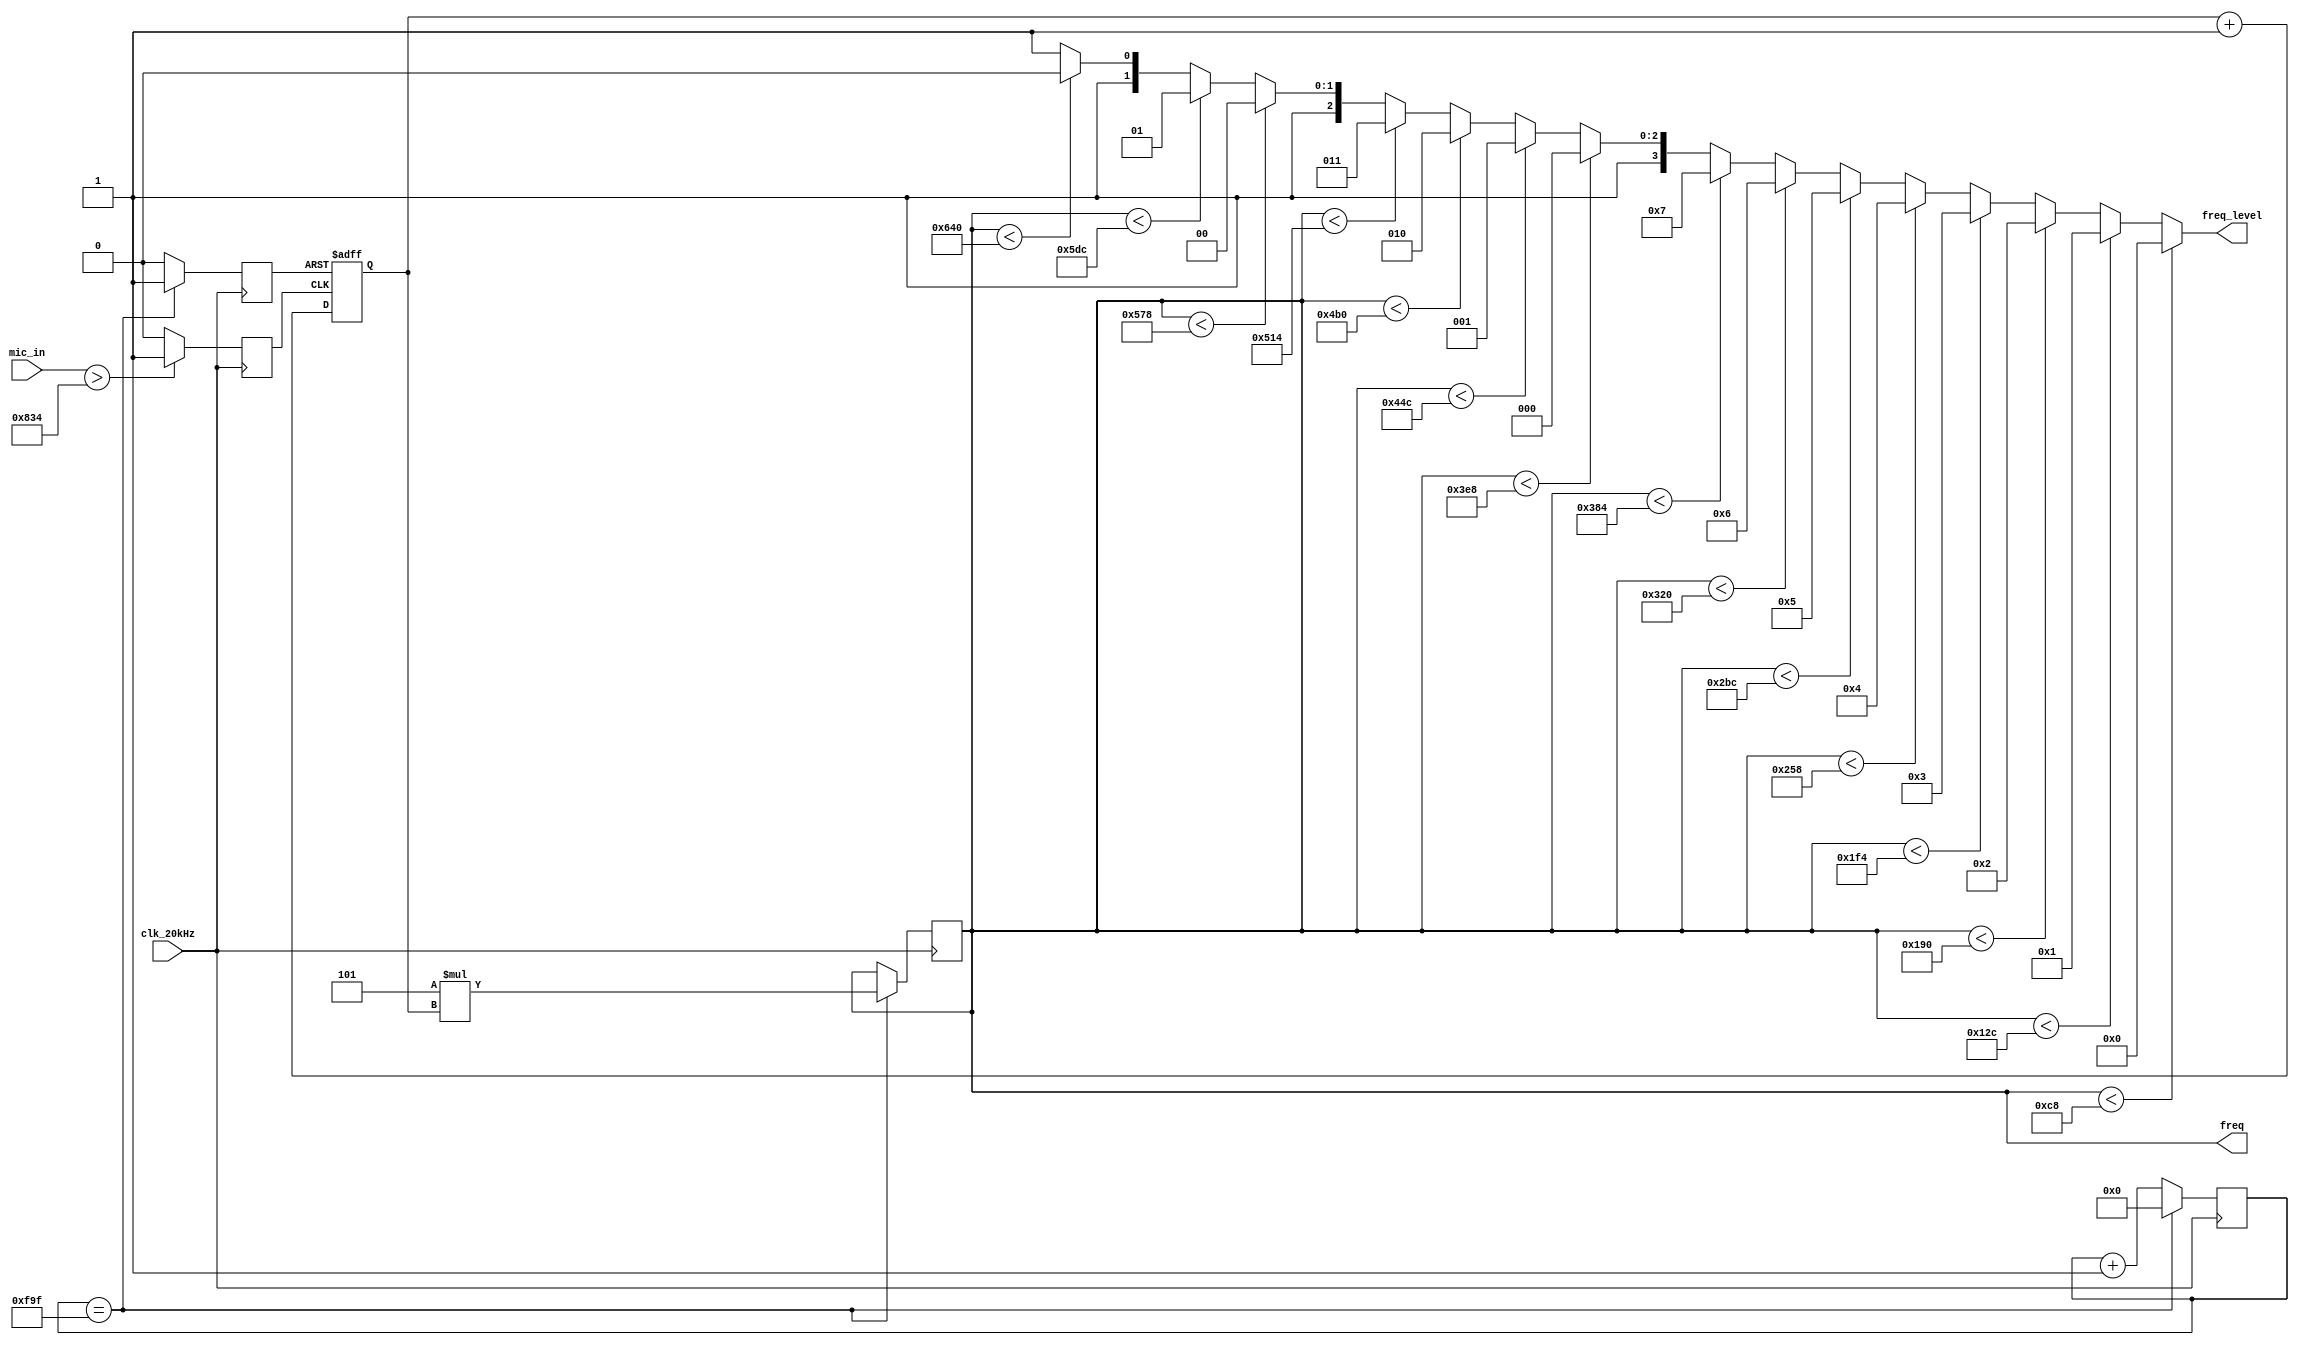
`timescale 1ns / 1ps
//////////////////////////////////////////////////////////////////////////////////
// Company: 
// Engineer: 
// 
// Design Name: 
// Module Name: Frequency
// Project Name: 
// Target Devices: 
// Tool Versions: 
// Description: 
// 
// Dependencies: 
// 
// Revision:
// Revision 0.01 - File Created
// Additional Comments:
// 
//////////////////////////////////////////////////////////////////////////////////


module Frequency(input clk_20kHz, input [11:0] mic_in, output [3:0] freq_level, output reg [11:0] freq = 0);

    reg [31:0] count = 0;
    reg end_period = 0;
    reg [11:0] sample_count = 0;
    reg reset = 0;
    
    assign freq_level = (freq < 200) ? 0 : 
                        (freq < 300) ? 1 :
                        (freq < 400) ? 2 :
                        (freq < 500) ? 3 :
                        (freq < 600) ? 4 :
                        (freq < 700) ? 5 :
                        (freq < 800) ? 6 :
                        (freq < 900) ? 7 :
                        (freq < 1000) ? 8 :
                        (freq < 1100) ? 9 :
                        (freq < 1200) ? 10 :
                        (freq < 1300) ? 11 :
                        (freq < 1400) ? 12 :
                        (freq < 1500) ? 13 :
                        (freq < 1600) ? 14 : 15;
                        
    always @ (posedge clk_20kHz) 
    begin
        count <= count +1;
        
        reset = 0;
        
        if(mic_in > 2100)
            end_period <= 1;
        else
            end_period <= 0;
       
        if(count == 3999)
        begin
            count <= 0;
            freq = 5 * sample_count;
            reset = 1;
        end
    end
    
    always @ (posedge end_period, posedge reset)
    begin
        if (reset == 1)
            sample_count <= 0;
        else 
            sample_count <= sample_count + 1;
    end

endmodule